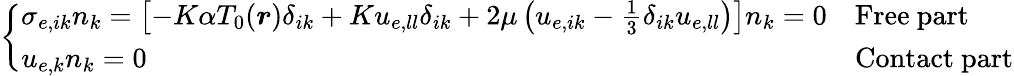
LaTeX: \left\{ \begin{array}{ll}{\sigma_{e,ik}n_{k}=\left[-K\alpha T_{0}(\boldsymbol{r})\delta_{ik}+Ku_{e,ll}\delta_{ik}+\left.2\mu\left(u_{e,ik}-\frac{1}{3}\delta_{ik}u_{e,ll}\right)\right.\right]n_{k}=0}&{\mathrm{Free~part}}\\ {u_{e,k}n_{k}=0}&{\mathrm{Contact~part}}\end{array}\right.